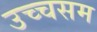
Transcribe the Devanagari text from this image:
उच्चसम